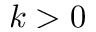
k > 0